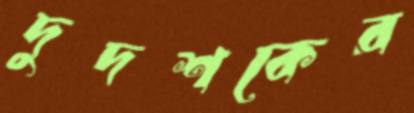
দুদশকের